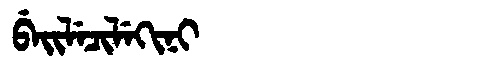
Manchu: ᠪᡝᡳᠯᡝᠴᡳᠯᡝᡴᡳᠨᡳ
Romanization: BEILECILEKINI